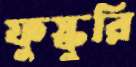
ফুস্কুরি